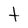
Character: t